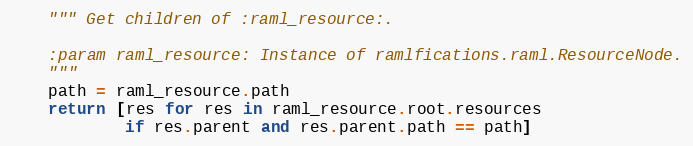
Language: Python
    """ Get children of :raml_resource:.

    :param raml_resource: Instance of ramlfications.raml.ResourceNode.
    """
    path = raml_resource.path
    return [res for res in raml_resource.root.resources
            if res.parent and res.parent.path == path]